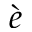
\grave { e }